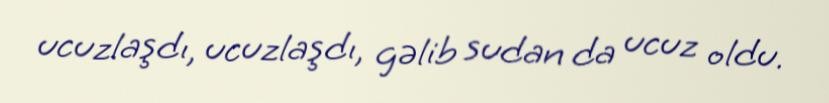
ucuzlaşdı, ucuzlaşdı, gəlib sudan da ucuz oldu.